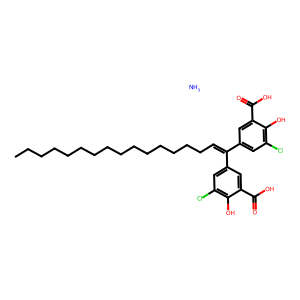
SMILES: CCCCCCCCCCCCCCCC=C(c1cc(Cl)c(O)c(C(=O)O)c1)c1cc(Cl)c(O)c(C(=O)O)c1.N
Inhibits HIV replication: Yes